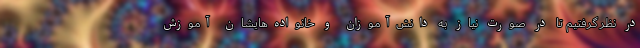
در نظر گرفتیم تا در صورت نیاز به دانش‌آموزان و خانواده‌هایشان آموزش